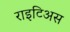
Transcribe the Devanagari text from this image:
राइटिअस